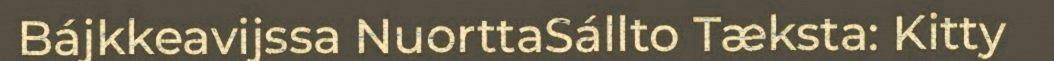
Bájkkeavijssa NuorttaSállto Tæksta: Kitty